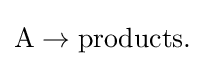
{\mbox{A}}\rightarrow {\mbox{products.}}